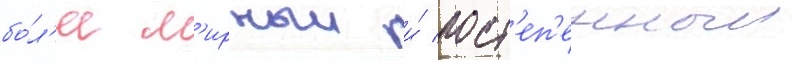
бо́л'ее м'ирныи и́ пост'еп'енныи